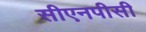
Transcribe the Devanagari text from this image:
सीएनपीसी